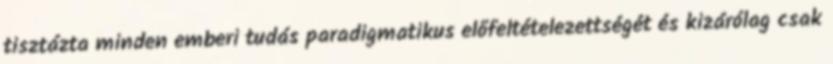
tisztázta minden emberi tudás paradigmatikus előfeltételezettségét és kizárólag csak